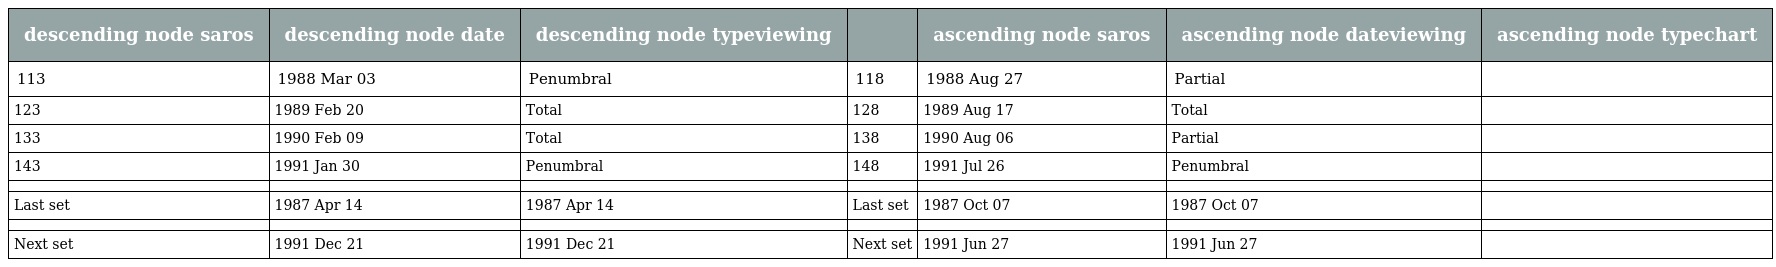
| descending node saros | descending node date | descending node typeviewing |  | ascending node saros | ascending node dateviewing | ascending node typechart |
 | --- | --- | --- | --- | --- | --- | --- |
 | 113 | 1988 Mar 03 | Penumbral | 118 | 1988 Aug 27 | Partial |  |
 | 123 | 1989 Feb 20 | Total | 128 | 1989 Aug 17 | Total |  |
 | 133 | 1990 Feb 09 | Total | 138 | 1990 Aug 06 | Partial |  |
 | 143 | 1991 Jan 30 | Penumbral | 148 | 1991 Jul 26 | Penumbral |  |
 |  |  |  |  |  |  |  |
 | Last set | 1987 Apr 14 | 1987 Apr 14 | Last set | 1987 Oct 07 | 1987 Oct 07 |  |
 |  |  |  |  |  |  |  |
 | Next set | 1991 Dec 21 | 1991 Dec 21 | Next set | 1991 Jun 27 | 1991 Jun 27 |  |